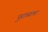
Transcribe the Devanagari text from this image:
पुराव्याचा